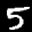
Label: 5